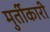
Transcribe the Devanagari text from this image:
मुर्तीकारी